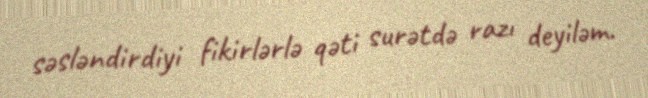
səsləndirdiyi fikirlərlə qəti surətdə razı deyiləm.